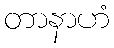
တာနာဟံ